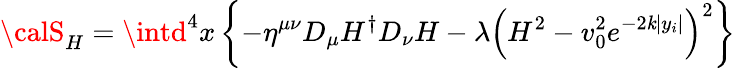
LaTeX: {\calS}_{H}=\intd^{4}x\left\{ -\eta^{\mu\nu}D_{\mu}H^{\dagger}D_{\nu}H-\lambda\left(H^{2}-v_{0}^{2}e^{-2\mathit{k}|y_{i}|}\right)^{2}\right\}